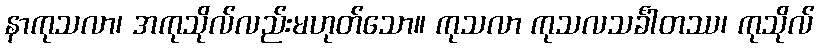
နာကုသလာ၊ အကုသိုလ်လည်းမဟုတ်သော။ ကုသလာ ကုသလသင်္ခါတဿ၊ ကုသိုလ်